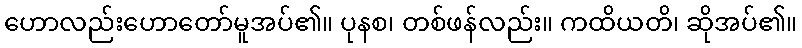
ဟောလည်းဟောတော်မူအပ်၏။ ပုနစ၊ တစ်ဖန်လည်း။ ကထိယတိ၊ ဆိုအပ်၏။